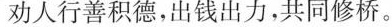
劝人行善积德，出钱出力，共同修桥。